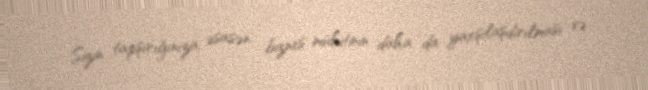
Sizin tapşırığınıza əsasən biznes mühitinin daha da yaxşılaşdırılması və